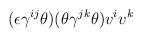
LaTeX: \begin{align*}(\epsilon \gamma^{ij} \theta ) (\theta\gamma^{jk} \theta ) v^i v^k \end{align*}